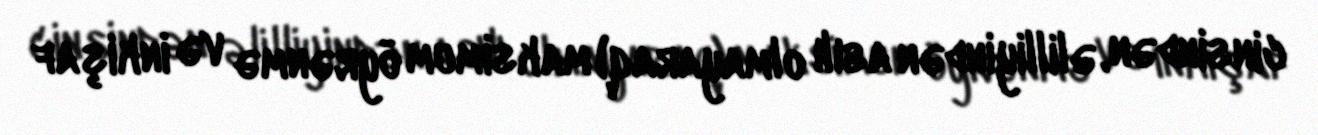
cinsindən, əlilliyindən asılı olmayaraq) maksimum öyrənmə və inkişaf